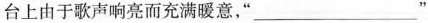
台上由于歌声响亮而充满暖意，”___”